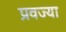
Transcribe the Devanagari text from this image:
प्रवज्या